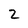
Character: 2